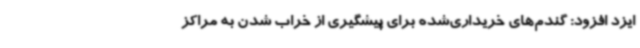
ایزد افزود: گندم‌های خریداری‌شده برای پیشگیری از خراب شدن به مراکز